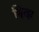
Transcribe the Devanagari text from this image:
श्वित्झ